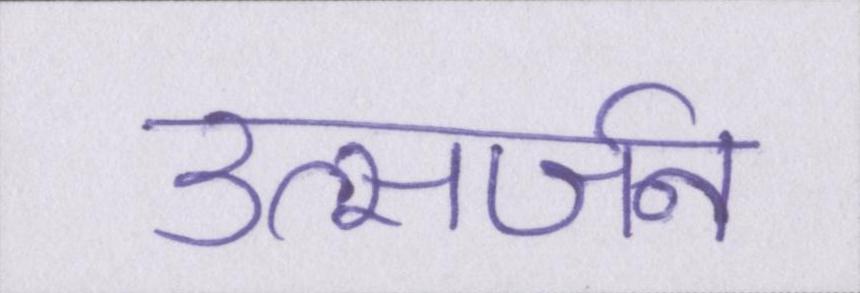
उत्सर्जन